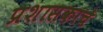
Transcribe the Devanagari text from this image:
प्रशासकाचे